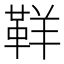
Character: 𩊑